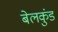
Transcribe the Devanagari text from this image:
बेलकुंड